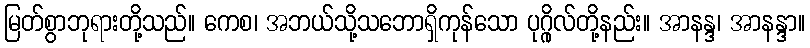
မြတ်စွာဘုရားတို့သည်။ ကေစ၊ အဘယ်သို့သဘောရှိကုန်သော ပုဂ္ဂိုလ်တို့နည်း။ အာနန္ဒ၊ အာနန္ဒာ။